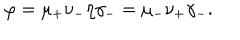
LaTeX: \varphi = \mu _ { + } \nu _ { - } \eta \gamma _ { - } = \mu _ { - } \nu _ { + } \gamma _ { - } .